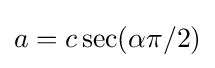
a=c\sec(\alpha \pi /2)